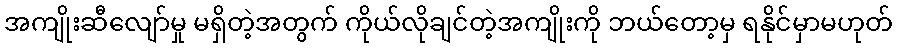
အကျိုးဆီလျော်မှု မရှိတဲ့အတွက် ကိုယ်လိုချင်တဲ့အကျိုးကို ဘယ်တော့မှ ရနိုင်မှာမဟုတ်